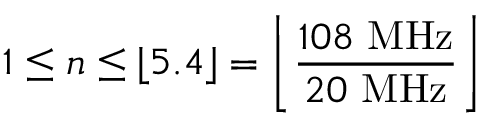
1 \leq n \leq \lfloor 5 . 4 \rfloor = \left\lfloor { \frac { 1 0 8 \ \mathrm { M H z } } { 2 0 \ \mathrm { M H z } } } \right\rfloor